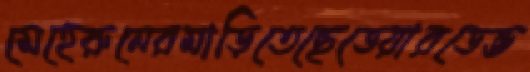
মেহেরুনেরমাড়িতেছেডেয়ারডেভ